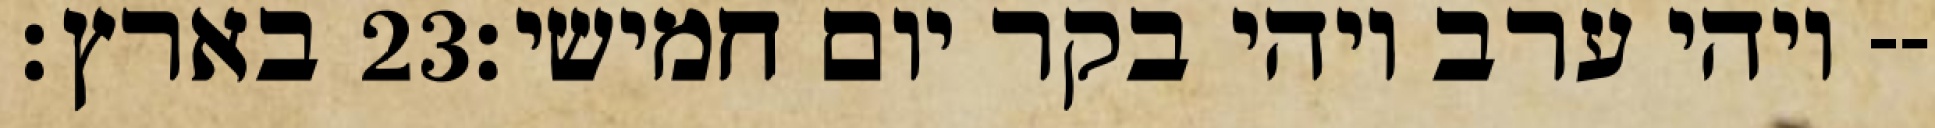
בארץ׃ ‎23‏ ויהי ערב ויהי בקר יום חמישי׃--